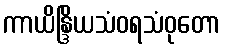
ကာယိန္ဒြိယသံဝရသံဝုတော